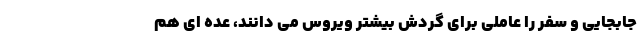
جابجایی و سفر را عاملی برای گردش بیشتر ویروس می دانند، عده ای هم